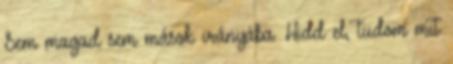
Sem magad sem mások irányába. Hidd el, tudom mit